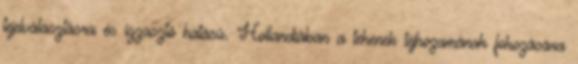
tejelválasztásra és izzasztó hatású. Hollandiában a tehenek tejhozamának fokozására